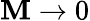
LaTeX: \mathbf{M}\rightarrow0